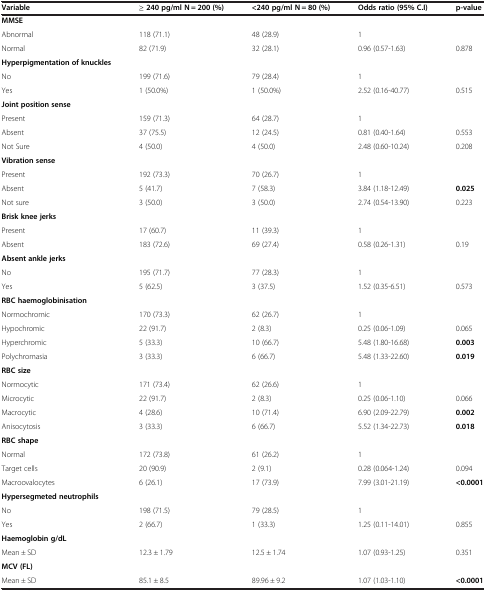
<table><thead><tr><td><b>Variable</b></td><td><b>≥ 240 pg/ml N = 200 (%)</b></td><td><b>&lt;240 pg/ml N = 80 (%)</b></td><td><b>Odds ratio (95% C.I)</b></td><td><b>p-value</b></td></tr></thead><tbody><tr><td><b>MMSE</b></td><td> </td><td> </td><td> </td><td> </td></tr><tr><td>Abnormal</td><td>118 (71.1)</td><td>48 (28.9)</td><td>1</td><td> </td></tr><tr><td>Normal</td><td>82 (71.9)</td><td>32 (28.1)</td><td>0.96 (0.57-1.63)</td><td>0.878</td></tr><tr><td><b>Hyperpigmentation of knuckles</b></td><td> </td><td> </td><td> </td><td> </td></tr><tr><td>No</td><td>199 (71.6)</td><td>79 (28.4)</td><td>1</td><td> </td></tr><tr><td>Yes</td><td>1 (50.0%)</td><td>1 (50.0%)</td><td>2.52 (0.16-40.77)</td><td>0.515</td></tr><tr><td><b>Joint position sense</b></td><td> </td><td> </td><td> </td><td> </td></tr><tr><td>Present</td><td>159 (71.3)</td><td>64 (28.7)</td><td>1</td><td> </td></tr><tr><td>Absent</td><td>37 (75.5)</td><td>12 (24.5)</td><td>0.81 (0.40-1.64)</td><td>0.553</td></tr><tr><td>Not Sure</td><td>4 (50.0)</td><td>4 (50.0)</td><td>2.48 (0.60-10.24)</td><td>0.208</td></tr><tr><td><b>Vibration sense</b></td><td> </td><td> </td><td> </td><td> </td></tr><tr><td>Present</td><td>192 (73.3)</td><td>70 (26.7)</td><td>1</td><td> </td></tr><tr><td>Absent</td><td>5 (41.7)</td><td>7 (58.3)</td><td>3.84 (1.18-12.49)</td><td><b>0.025</b></td></tr><tr><td>Not sure</td><td>3 (50.0)</td><td>3 (50.0)</td><td>2.74 (0.54-13.90)</td><td>0.223</td></tr><tr><td><b>Brisk knee jerks</b></td><td> </td><td> </td><td> </td><td> </td></tr><tr><td>Present</td><td>17 (60.7)</td><td>11 (39.3)</td><td>1</td><td> </td></tr><tr><td>Absent</td><td>183 (72.6)</td><td>69 (27.4)</td><td>0.58 (0.26-1.31)</td><td>0.19</td></tr><tr><td><b>Absent ankle jerks</b></td><td> </td><td> </td><td> </td><td> </td></tr><tr><td>No</td><td>195 (71.7)</td><td>77 (28.3)</td><td>1</td><td> </td></tr><tr><td>Yes</td><td>5 (62.5)</td><td>3 (37.5)</td><td>1.52 (0.35-6.51)</td><td>0.573</td></tr><tr><td><b>RBC haemoglobinisation</b></td><td> </td><td> </td><td> </td><td> </td></tr><tr><td>Normochromic</td><td>170 (73.3)</td><td>62 (26.7)</td><td>1</td><td> </td></tr><tr><td>Hypochromic</td><td>22 (91.7)</td><td>2 (8.3)</td><td>0.25 (0.06-1.09)</td><td>0.065</td></tr><tr><td>Hyperchromic</td><td>5 (33.3)</td><td>10 (66.7)</td><td>5.48 (1.80-16.68)</td><td><b>0.003</b></td></tr><tr><td>Polychromasia</td><td>3 (33.3)</td><td>6 (66.7)</td><td>5.48 (1.33-22.60)</td><td><b>0.019</b></td></tr><tr><td><b>RBC size</b></td><td> </td><td> </td><td> </td><td> </td></tr><tr><td>Normocytic</td><td>171 (73.4)</td><td>62 (26.6)</td><td>1</td><td> </td></tr><tr><td>Microcytic</td><td>22 (91.7)</td><td>2 (8.3)</td><td>0.25 (0.06-1.10)</td><td>0.066</td></tr><tr><td>Macrocytic</td><td>4 (28.6)</td><td>10 (71.4)</td><td>6.90 (2.09-22.79)</td><td><b>0.002</b></td></tr><tr><td>Anisocytosis</td><td>3 (33.3)</td><td>6 (66.7)</td><td>5.52 (1.34-22.73)</td><td><b>0.018</b></td></tr><tr><td><b>RBC shape</b></td><td> </td><td> </td><td> </td><td> </td></tr><tr><td>Normal</td><td>172 (73.8)</td><td>61 (26.2)</td><td>1</td><td> </td></tr><tr><td>Target cells</td><td>20 (90.9)</td><td>2 (9.1)</td><td>0.28 (0.064-1.24)</td><td>0.094</td></tr><tr><td>Macroovalocytes</td><td>6 (26.1)</td><td>17 (73.9)</td><td>7.99 (3.01-21.19)</td><td><b>&lt;0.0001</b></td></tr><tr><td><b>Hypersegmeted neutrophils</b></td><td> </td><td> </td><td> </td><td> </td></tr><tr><td>No</td><td>198 (71.5)</td><td>79 (28.5)</td><td>1</td><td> </td></tr><tr><td>Yes</td><td>2 (66.7)</td><td>1 (33.3)</td><td>1.25 (0.11-14.01)</td><td>0.855</td></tr><tr><td><b>Haemoglobin g/dL</b></td><td> </td><td> </td><td> </td><td> </td></tr><tr><td>Mean ± SD</td><td>12.3 ± 1.79</td><td>12.5 ± 1.74</td><td>1.07 (0.93-1.25)</td><td>0.351</td></tr><tr><td><b>MCV (FL)</b></td><td> </td><td> </td><td> </td><td> </td></tr><tr><td>Mean ± SD</td><td>85.1 ± 8.5</td><td>89.96 ± 9.2</td><td>1.07 (1.03-1.10)</td><td><b>&lt;0.0001</b></td></tr></tbody></table>